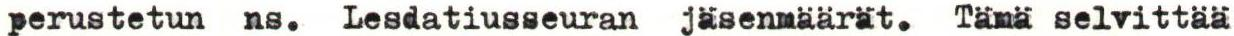
perustetun ns. Lesdatiusseuran jäsenmäärät. Tämä selvittää